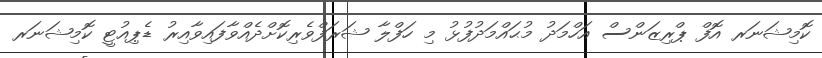
ކޮމިޝަނަރ އޮފް ޕްރިޒަންސް އަހްމަދު މުޙައްމަދުފުޅު މި ހަފްލާ ޝަރަފްވެރިކޮށްދެއްވާފައިވާއިރު ޑެޕިއުޓީ ކޮމިޝަނަރ